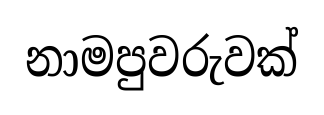
නාමපුවරුවක්